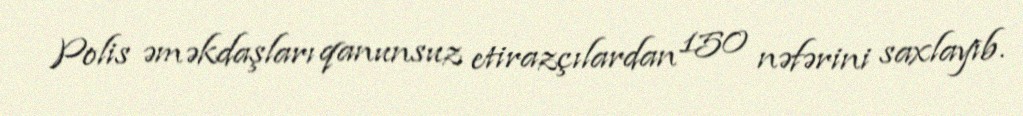
Polis əməkdaşları qanunsuz etirazçılardan 150 nəfərini saxlayıb.